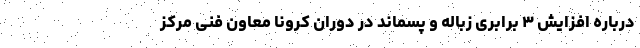
درباره افزایش ۳ برابری زباله و پسماند در دوران کرونا معاون فنی مرکز